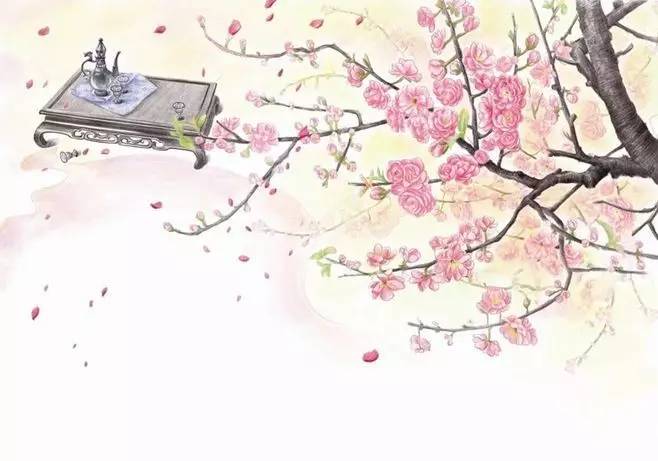
天寒水鸟自相依，十百为群戏落晖。